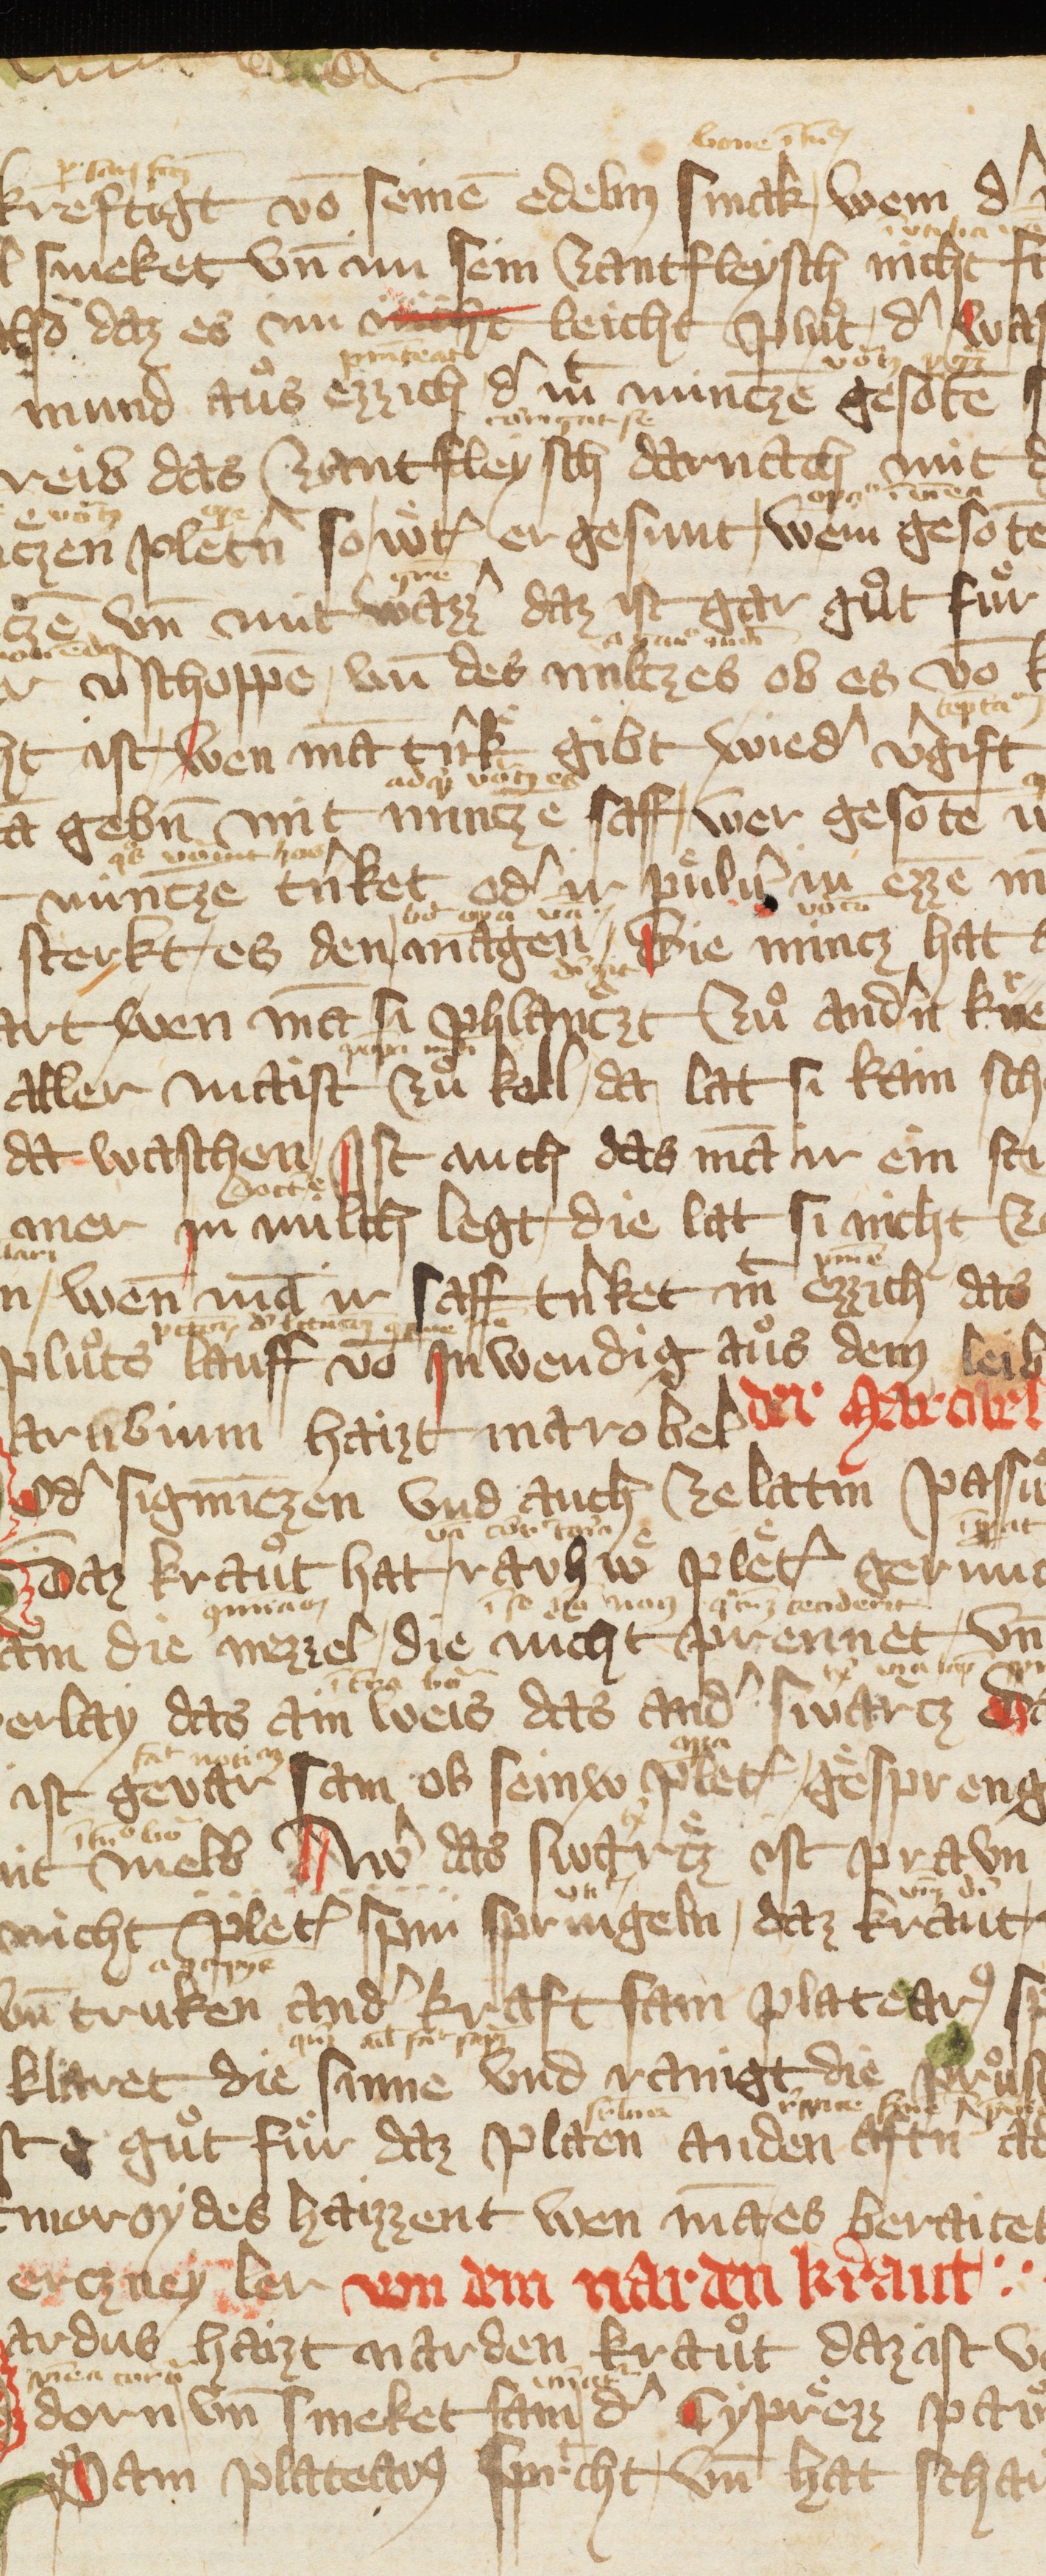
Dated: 1378–1378